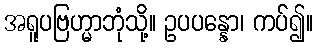
အရူပဗြဟ္မာဘုံသို့။ ဥပပန္နော၊ ကပ်၍။